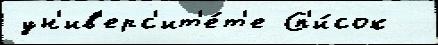
ун'ив'ерс'ит'е́т'е Сп'и́сок